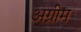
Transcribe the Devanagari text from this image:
अग्रीम